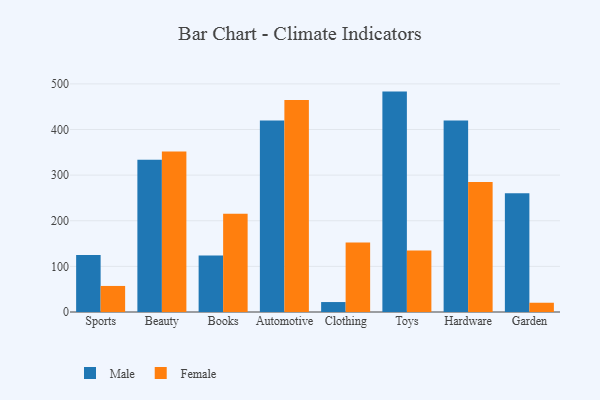
{"axis": {"x": "Category", "y": "Shipments"}, "legend": ["Female", "Male"], "data": [{"x": "Sports", "y": 124.7, "type": "Male"}, {"x": "Sports", "y": 57.1, "type": "Female"}, {"x": "Beauty", "y": 333.7, "type": "Male"}, {"x": "Beauty", "y": 351.7, "type": "Female"}, {"x": "Books", "y": 123.9, "type": "Male"}, {"x": "Books", "y": 215.2, "type": "Female"}, {"x": "Automotive", "y": 419.9, "type": "Male"}, {"x": "Automotive", "y": 464.7, "type": "Female"}, {"x": "Clothing", "y": 21.8, "type": "Male"}, {"x": "Clothing", "y": 152.1, "type": "Female"}, {"x": "Toys", "y": 483.1, "type": "Male"}, {"x": "Toys", "y": 134.6, "type": "Female"}, {"x": "Hardware", "y": 419.9, "type": "Male"}, {"x": "Hardware", "y": 285.2, "type": "Female"}, {"x": "Garden", "y": 260.3, "type": "Male"}, {"x": "Garden", "y": 20.3, "type": "Female"}]}